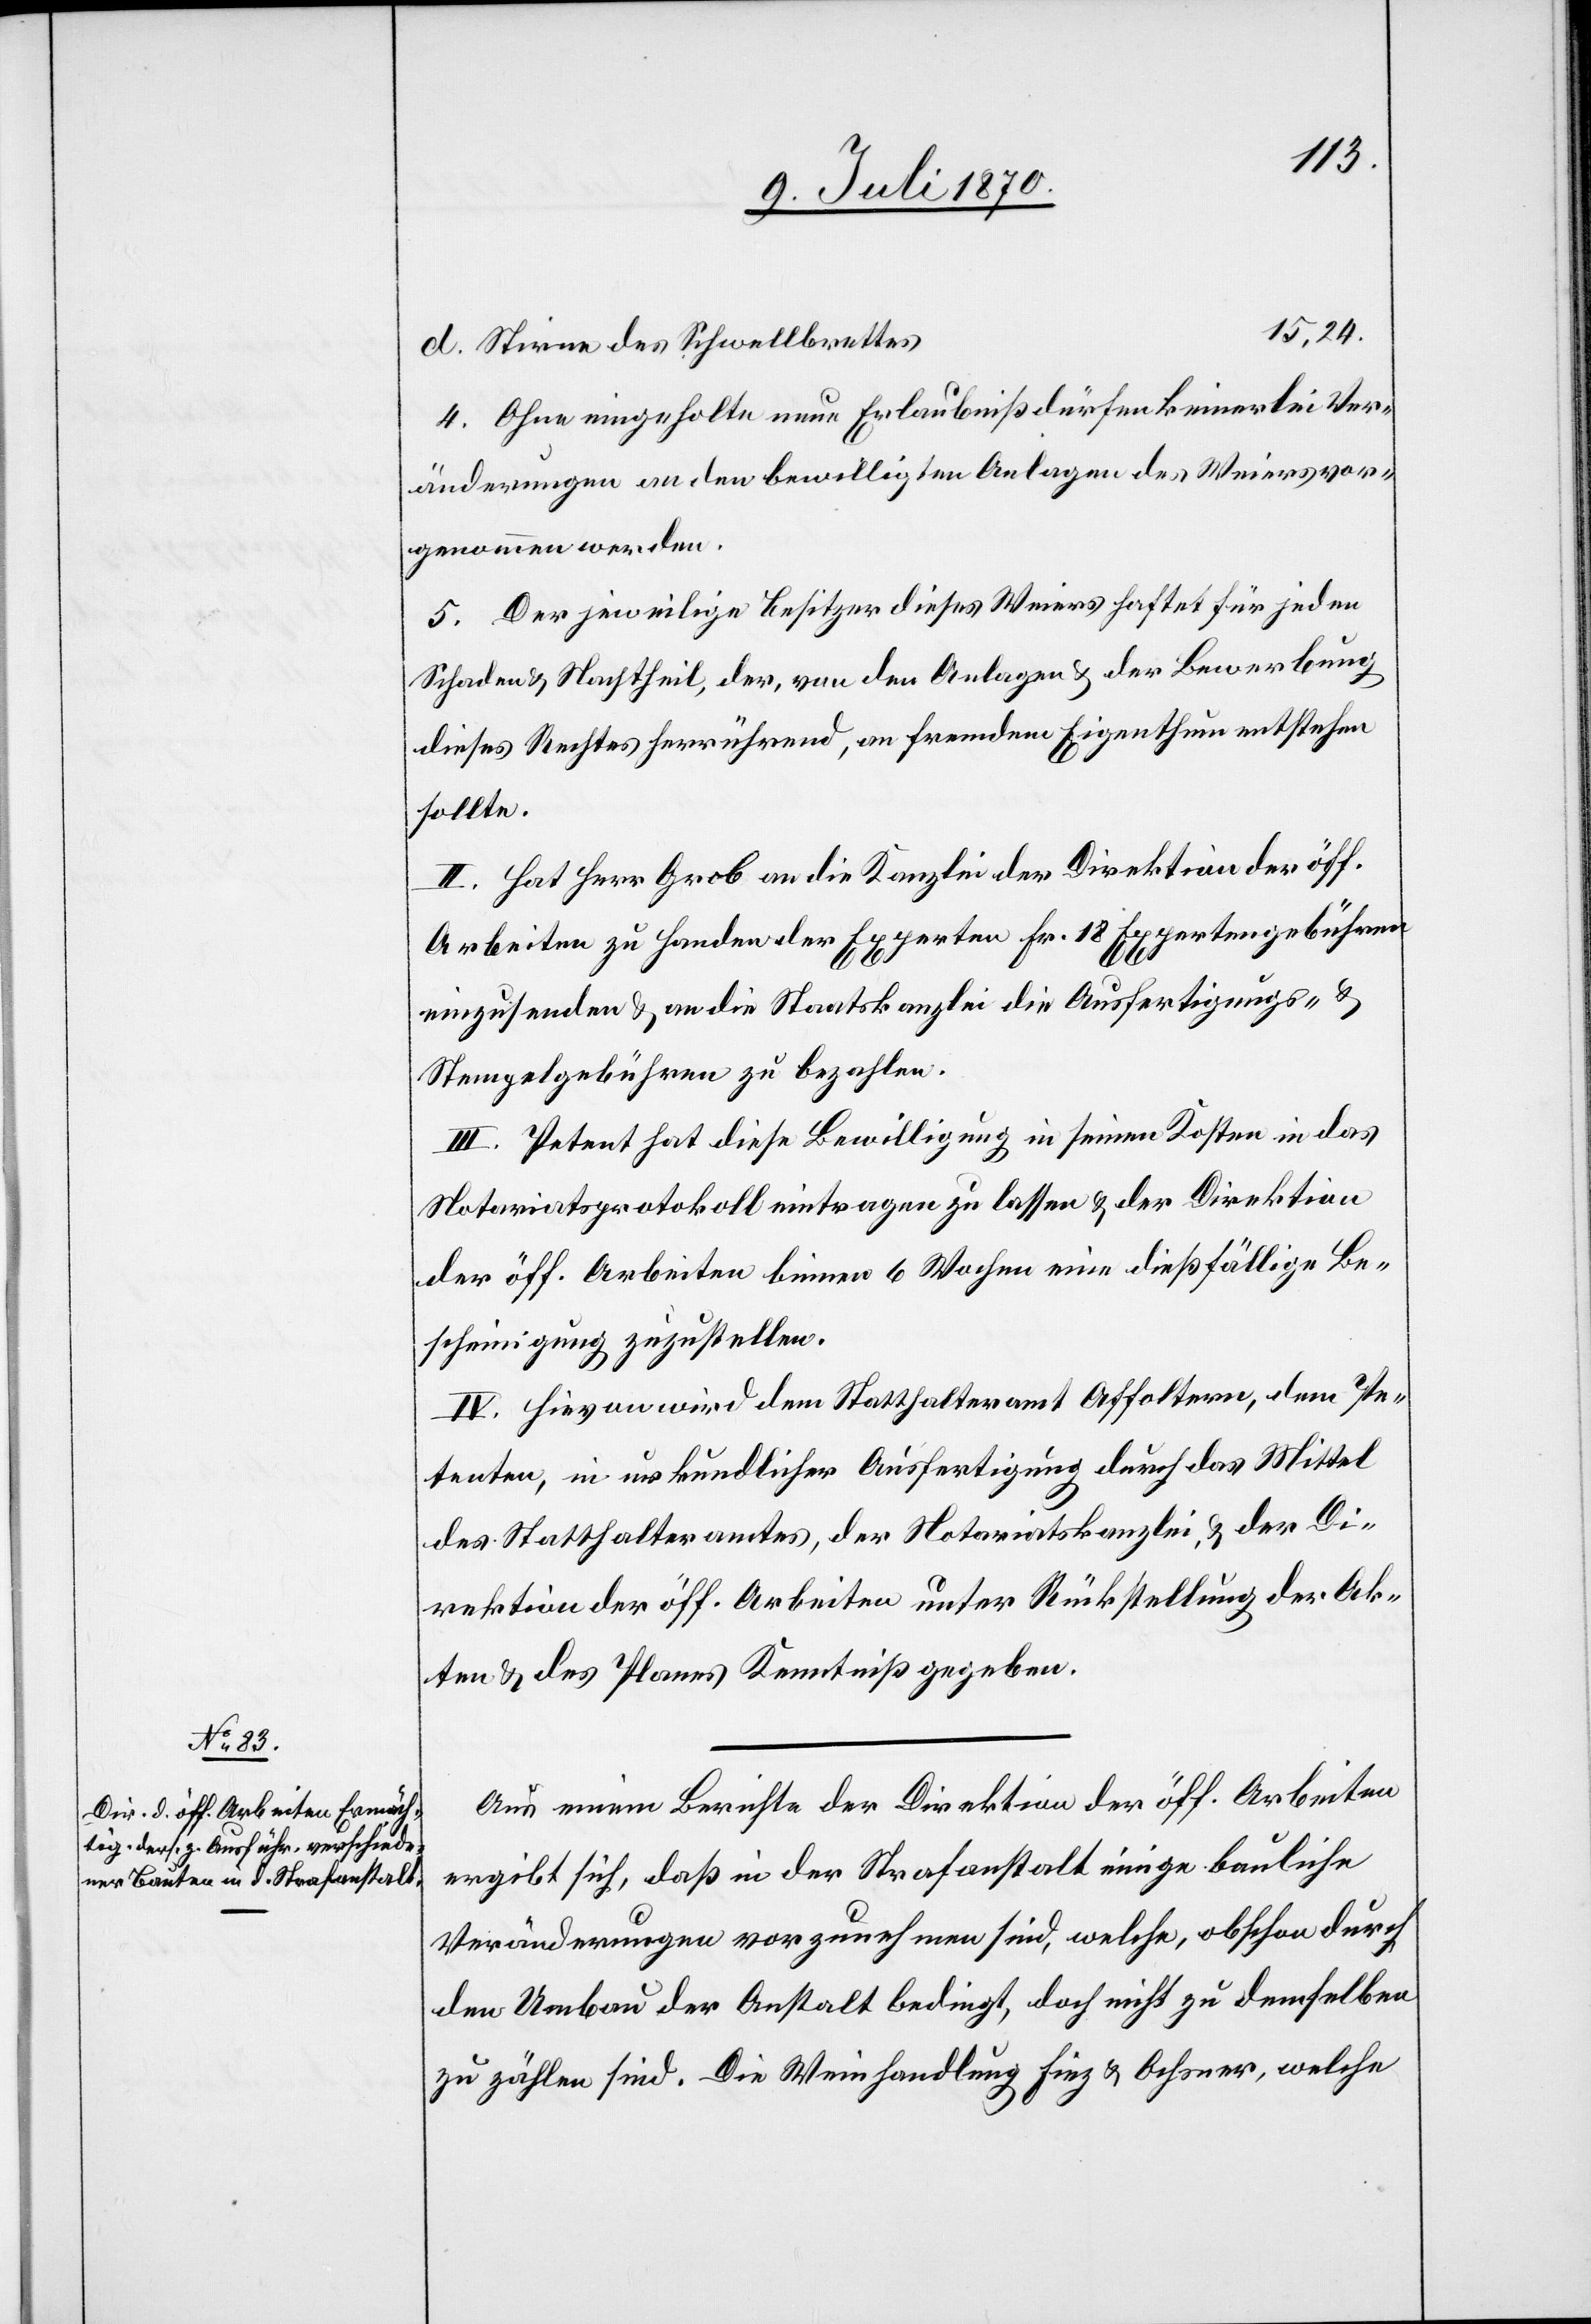
15,24.
Stirne des Schwellbrettes
4. Ohne eingeholte neue Erlaubniß dürfen keinerlei Ver¬
änderungen an den bewilligten Anlagen des Weiers vor¬
genommen werden.
5. Der jeweilige Besitzer dieses Weiers haftet für jeden
Schaden & Nachtheil, der, von den Anlagen & der Bewerbung
dieses Rechtes herrührend, an fremdem Eigenthum entstehen
sollte.
II. Hat Herr Grob an die Kanzlei der Direktion der öff.
Arbeiten zu Handen der Experten Fr. 18 Expertengebühren
einzusenden & an die Staatskanzlei die Ausfertigungs- &
Stempelgebühren zu bezahlen.
III. Petent hat diese Bewilligung in seinen Kosten in das
Notariatsprotokoll eintragen zu lassen & der Direktion
der öff. Arbeiten binnen 6 Wochen eine dießfällige Be¬
scheinigung zuzustellen.
IV. Hievon wird dem Statthalteramt Affoltern, dem Pe¬
tenten, in urkundlicher Ausfertigung durch das Mittel
des Statthalteramtes, der Notariatskanzlei, & der Di¬
rektion der öff. Arbeiten unter Rückstellung der Ak¬
ten & des Planes Kenntniß gegeben.
Aus einem Berichte der Direktion der öff. Arbeiten
ergibt sich, daß in der Strafanstalt einige bauliche
Veränderungen vorzunehmen sind, welche, obschon durch
den Umbau der Anstalt bedingt, doch nicht zu demselben
zu zählen sind. Die Weinhandlung Fiez & Ochsner, welche